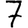
Digit: 7